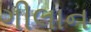
ગીલાન